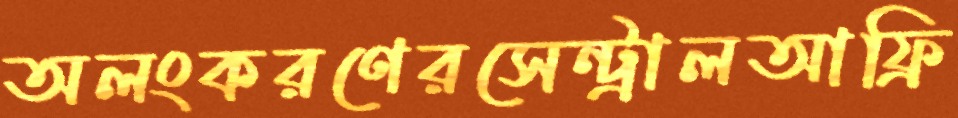
অলংকরণেরসেন্ট্রালআফ্রি